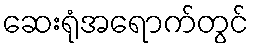
ဆေးရုံအရောက်တွင်